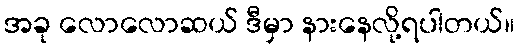
အခု လောလောဆယ် ဒီမှာ နားနေလို့ရပါတယ်။